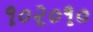
૧૦૨૦૧૦